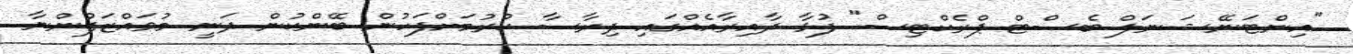
"އިންޓަނޭޝަނަލް ބެސްޓް ޕްރެކްޓިސް" ފުޅާ ދާއިރާއެއްގައި ދިރާސާ ކުރުމަށްފަހުން ބޭންކުން ދަނީ މުވައްޒަފުންނާ